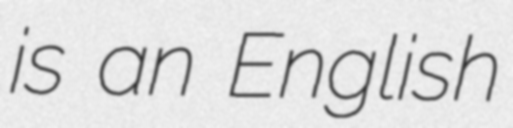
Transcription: is an English